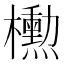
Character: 𪴚